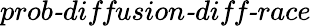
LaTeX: \textit{prob-diffusion-diff-race}